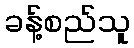
ခန့်စည်သူ